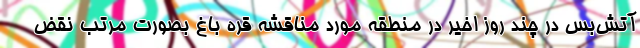
آتش‌بس در چند روز اخیر در منطقه مورد مناقشه قره باغ بصورت مرتب نقض